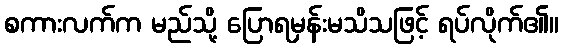
စကားလက်က မည်သို့ ပြောရမှန်းမသိသဖြင့် ရပ်လိုက်၏။